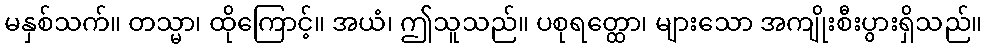
မနှစ်သက်။ တသ္မာ၊ ထိုကြောင့်။ အယံ၊ ဤသူသည်။ ပစုရတ္ထော၊ များသော အကျိုးစီးပွားရှိသည်။